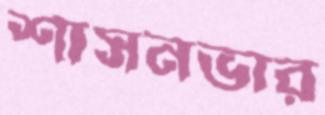
শাসনভার